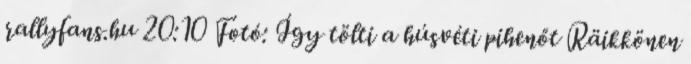
rallyfans.hu 20:10 Fotó: Így tölti a húsvéti pihenőt Räikkönen